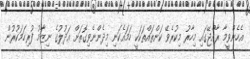
އެހެންވީމާ ރާއްޖޭގައި މިހާރު މިކުރެވޭ ކަންތައްތަކަކީ ހަމައެކަނި މިދެންނެވިގޮތަށް ޢަދުލުގެ ނިޒާމު ފުރިހަމަކުރުން